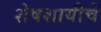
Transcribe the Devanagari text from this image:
शेषशायीचे